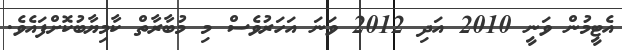
އެޓީމުން ވަނީ 2010 އަދި 2012 ވަނަ އަހަރުވެސް މި މުބާރާތް ކާމިޔާބުކޮށްފައެވެ.